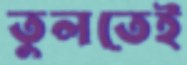
তুলতেই